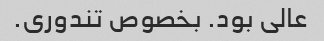
عالی بود. بخصوص تندوری.